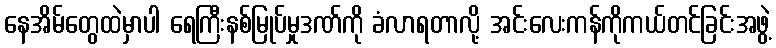
နေအိမ်တွေထဲမှာပါ ရေကြီးနစ်မြုပ်မှုဒဏ်ကို ခံလာရတာလို့ အင်းလေးကန်ကိုကယ်တင်ခြင်းအဖွဲ့